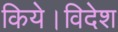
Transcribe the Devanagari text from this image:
किये।विदेश